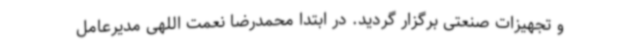
و تجهیزات صنعتی برگزار گردید. در ابتدا محمدرضا نعمت اللهی مدیرعامل